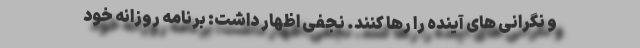
و نگرانی های آینده را رها کنند. نجفی اظهار داشت: برنامه روزانه خود